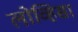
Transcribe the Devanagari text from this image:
लोव्हिसा